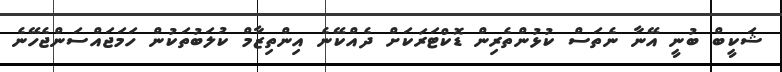
ޝަކީބް ބުނީ އޭނާ ނެތަސް ކުޅުންތެރިން ޑޮކްޓަރަކަށް ދެއްކޭނެ އިންތިޒާމް ކުލަބުތަކުން ހަމަޖައްސަންޖެހޭނެ